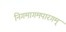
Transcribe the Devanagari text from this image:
निगमागमपारगम्